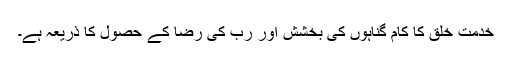
خدمت خلق کا کام گناہوں کی بخشش اور رب کی رضا کے حصول کا ذریعہ ہے۔